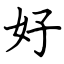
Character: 好